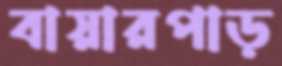
বায়ারপাড়